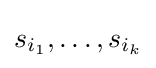
s_{i_{1}},\ldots ,s_{i_{k}}